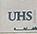
uhs